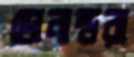
ডোনাল্ডরা